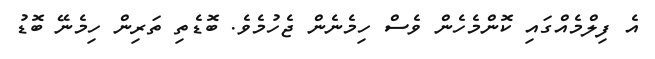
އެ ފިލްމެއްގައި ކޮންމެހެން ވެސް ހިމެނެން ޖެހުމެވެ. ބޮޑެތި ތަރިން ހިމެނޭ ބޮޑު